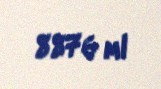
8876 ml